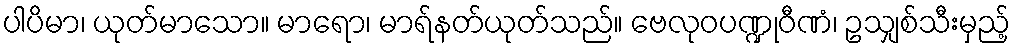
ပါပိမာ၊ ယုတ်မာသော။ မာရော၊ မာရ်နတ်ယုတ်သည်။ ဗေလုဝပဏ္ဍုဝီဏံ၊ ဥသျှစ်သီးမှည့်